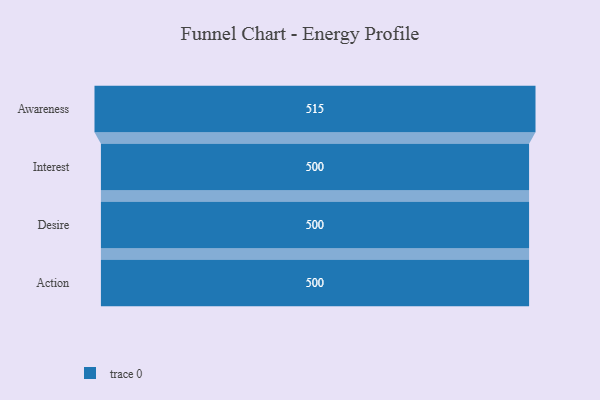
{"axis": {"x": "Stage", "y": "Value"}, "legend": [""], "data": [{"x": "Awareness", "y": 515.0, "type": ""}, {"x": "Interest", "y": 500, "type": ""}, {"x": "Desire", "y": 500, "type": ""}, {"x": "Action", "y": 500, "type": ""}]}